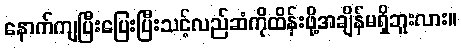
နောက်ကျပြီးပြေးပြီးသင့်လည်ဆံကိုထိန်းဖို့အချိန်မရှိဘူးလား။